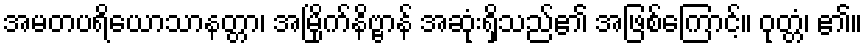
အမတပရိယောသာနတ္တာ၊ အမြိုက်နိဗ္ဗာန် အဆုံးရှိသည်၏ အဖြစ်ကြောင့်။ ဝုတ္တံ၊ ၏။